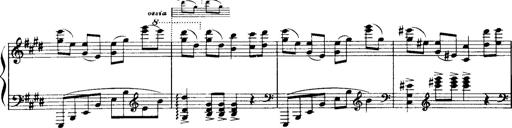
Title: Historische ungarische Bildnisse
Composer: Franz Liszt